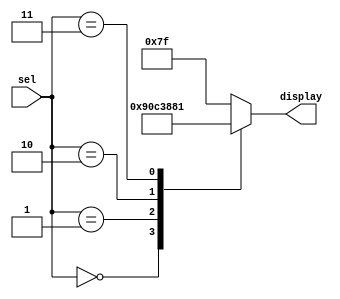
/* ***************************************************************\
| Name of program : Lab6
| Author : Charles Heckel
| Date Created : 6/07/2018
| Date last updated : 6/07/2018
| Function : Displays a letter to the DE2-115 board's SSD based on
|		input values
| Method : uses a case statement to check the possible input values
|		then produces an output as necessary
| Inputs :	sel	- 3bit selector determines with letter to display
| Output :	display-port to one of the DE2-115 board's SSDs
| Additional Comments : (Extras)
\*****************************************************************/

module Decoder(sel, display);
	// variables
	input [2:0] sel;
	output reg [0:6] display;
	
	// implementation
	always@(sel)
	begin
		display = 7'b1111111;
		case(sel)
			3'o0:	display = 7'b1001000;	// H
			3'o1:	display = 7'b0110000;	// E
			3'o2:	display = 7'b1110001;	// L
			3'o3:	display = 7'b0000001;	// O
//			3'o4:	display = 7'b1110111;	// _
			default:	display = 7'b1111111;	// all other inputs don't display
		endcase
	end // always
	
endmodule